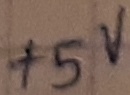
Text: +5V